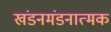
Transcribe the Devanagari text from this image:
खंडनमंडनात्मक